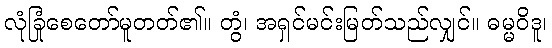
လုံခြုံစေတော်မူတတ်၏။ တွံ၊ အရှင်မင်းမြတ်သည်လျှင်။ ဓမ္မဝိဒူ၊